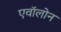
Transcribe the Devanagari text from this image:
एवॉलोन